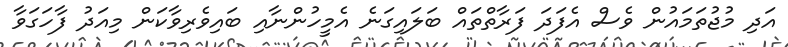
އަދި މުޖުތަމައުން ވެސް އެފަދަ ފަރާތްތައް ބަލައިގަނެ އެމީހުންނާއި ބައިވެރިވާކަން މިއަދު ފާހަގަވާ